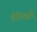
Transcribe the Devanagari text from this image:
डोनित्झने